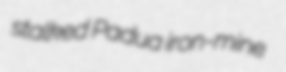
stalked Padua iron-mine